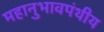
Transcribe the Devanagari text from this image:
महानुभावपंथीय